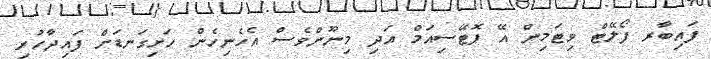
ފައިބާރ ފޯލޭޓް ވިޓަމިން އޭ ޕޮޓޭސިއަމް އަދި މިނޫންވެސް އެހެނިހެން ހަށިގަނޑަށް ފައިދާހުރި